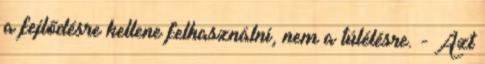
a fejlődésre kellene felhasználni, nem a túlélésre. - Azt